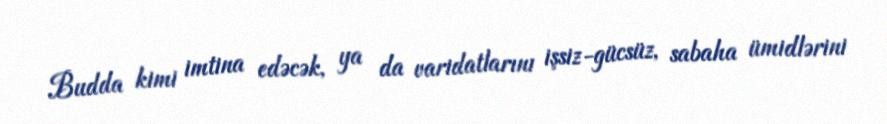
Budda kimi imtina edəcək, ya da varidatlarını işsiz-gücsüz, sabaha ümidlərini